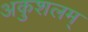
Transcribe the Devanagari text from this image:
अकुशलम्